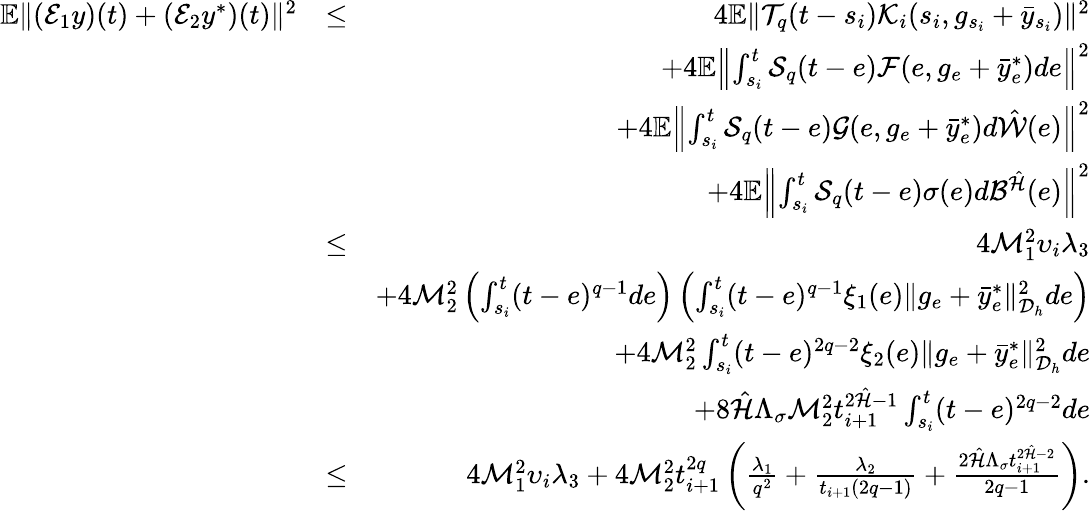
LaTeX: \begin{array}{rlr}{\mathbb{E}\| ({\cal E}_{1}y)(t)+({\cal E}_{2}y^{*})(t)\| ^{2}}&{\leq}&{4\mathbb{E}\| {\cal T}_{q}(t-s_{i}){\cal K}_{i}(s_{i},g_{s_{i}}+\bar{y}_{s_{i}})\| ^{2}}\\ &{}&{+4\mathbb{E}\left\| \int_{s_{i}}^{t}{\cal S}_{q}(t-e){\cal F}(e,g_{e}+\bar{y}_{e}^{*})de\right\| ^{2}}\\ &{}&{+4\mathbb{E}\left\| \int_{s_{i}}^{t}{\cal S}_{q}(t-e){\cal G}(e,g_{e}+\bar{y}_{e}^{*})d\hat{\cal W}(e)\right\| ^{2}}\\ &{}&{+4\mathbb{E}\left\| \int_{s_{i}}^{t}{\cal S}_{q}(t-e)\sigma(e)d{\cal B}^{\hat{\cal H}}(e)\right\| ^{2}}\\ &{\leq}&{4{\cal M}_{1}^{2}\upsilon_{i}\lambda_{3}}\\ &{}&{+4{\cal M}_{2}^{2}\left(\int_{s_{i}}^{t}(t-e)^{q-1}de\right)\left(\int_{s_{i}}^{t}(t-e)^{q-1}\xi_{1}(e)\| g_{e}+\bar{y}_{e}^{*}\| _{{\cal D}_{h}}^{2}de\right)}\\ &{}&{+4{\cal M}_{2}^{2}\int_{s_{i}}^{t}(t-e)^{2q-2}\xi_{2}(e)\| g_{e}+\bar{y}_{e}^{*}\| _{{{\cal D}_{h}}}^{2}de}\\ &{}&{+8\hat{\cal H}\Lambda_{\sigma}{\cal M}_{2}^{2}t_{i+1}^{2\hat{\cal H}-1}\int_{s_{i}}^{t}(t-e)^{2q-2}de}\\ &{\leq}&{4{\cal M}_{1}^{2}\upsilon_{i}\lambda_{3}+4{\cal M}_{2}^{2}{t}_{i+1}^{2q}\left(\frac{\lambda_{1}}{q^{2}}+\frac{\lambda_{2}}{t_{i+1}(2q-1)}+\frac{2\hat{\cal H}\Lambda_{\sigma}t_{i+1}^{2\hat{\cal H}-2}}{2q-1}\right).}\end{array}